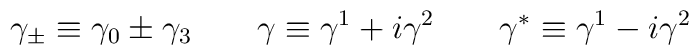
\gamma_\pm \equiv \gamma_0 \pm \gamma_3 \qquad \gamma \equiv  \gamma^1 + i \gamma^2 \qquad \gamma^* \equiv \gamma^1 - i \gamma^2